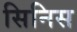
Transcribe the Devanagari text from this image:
सिनिस